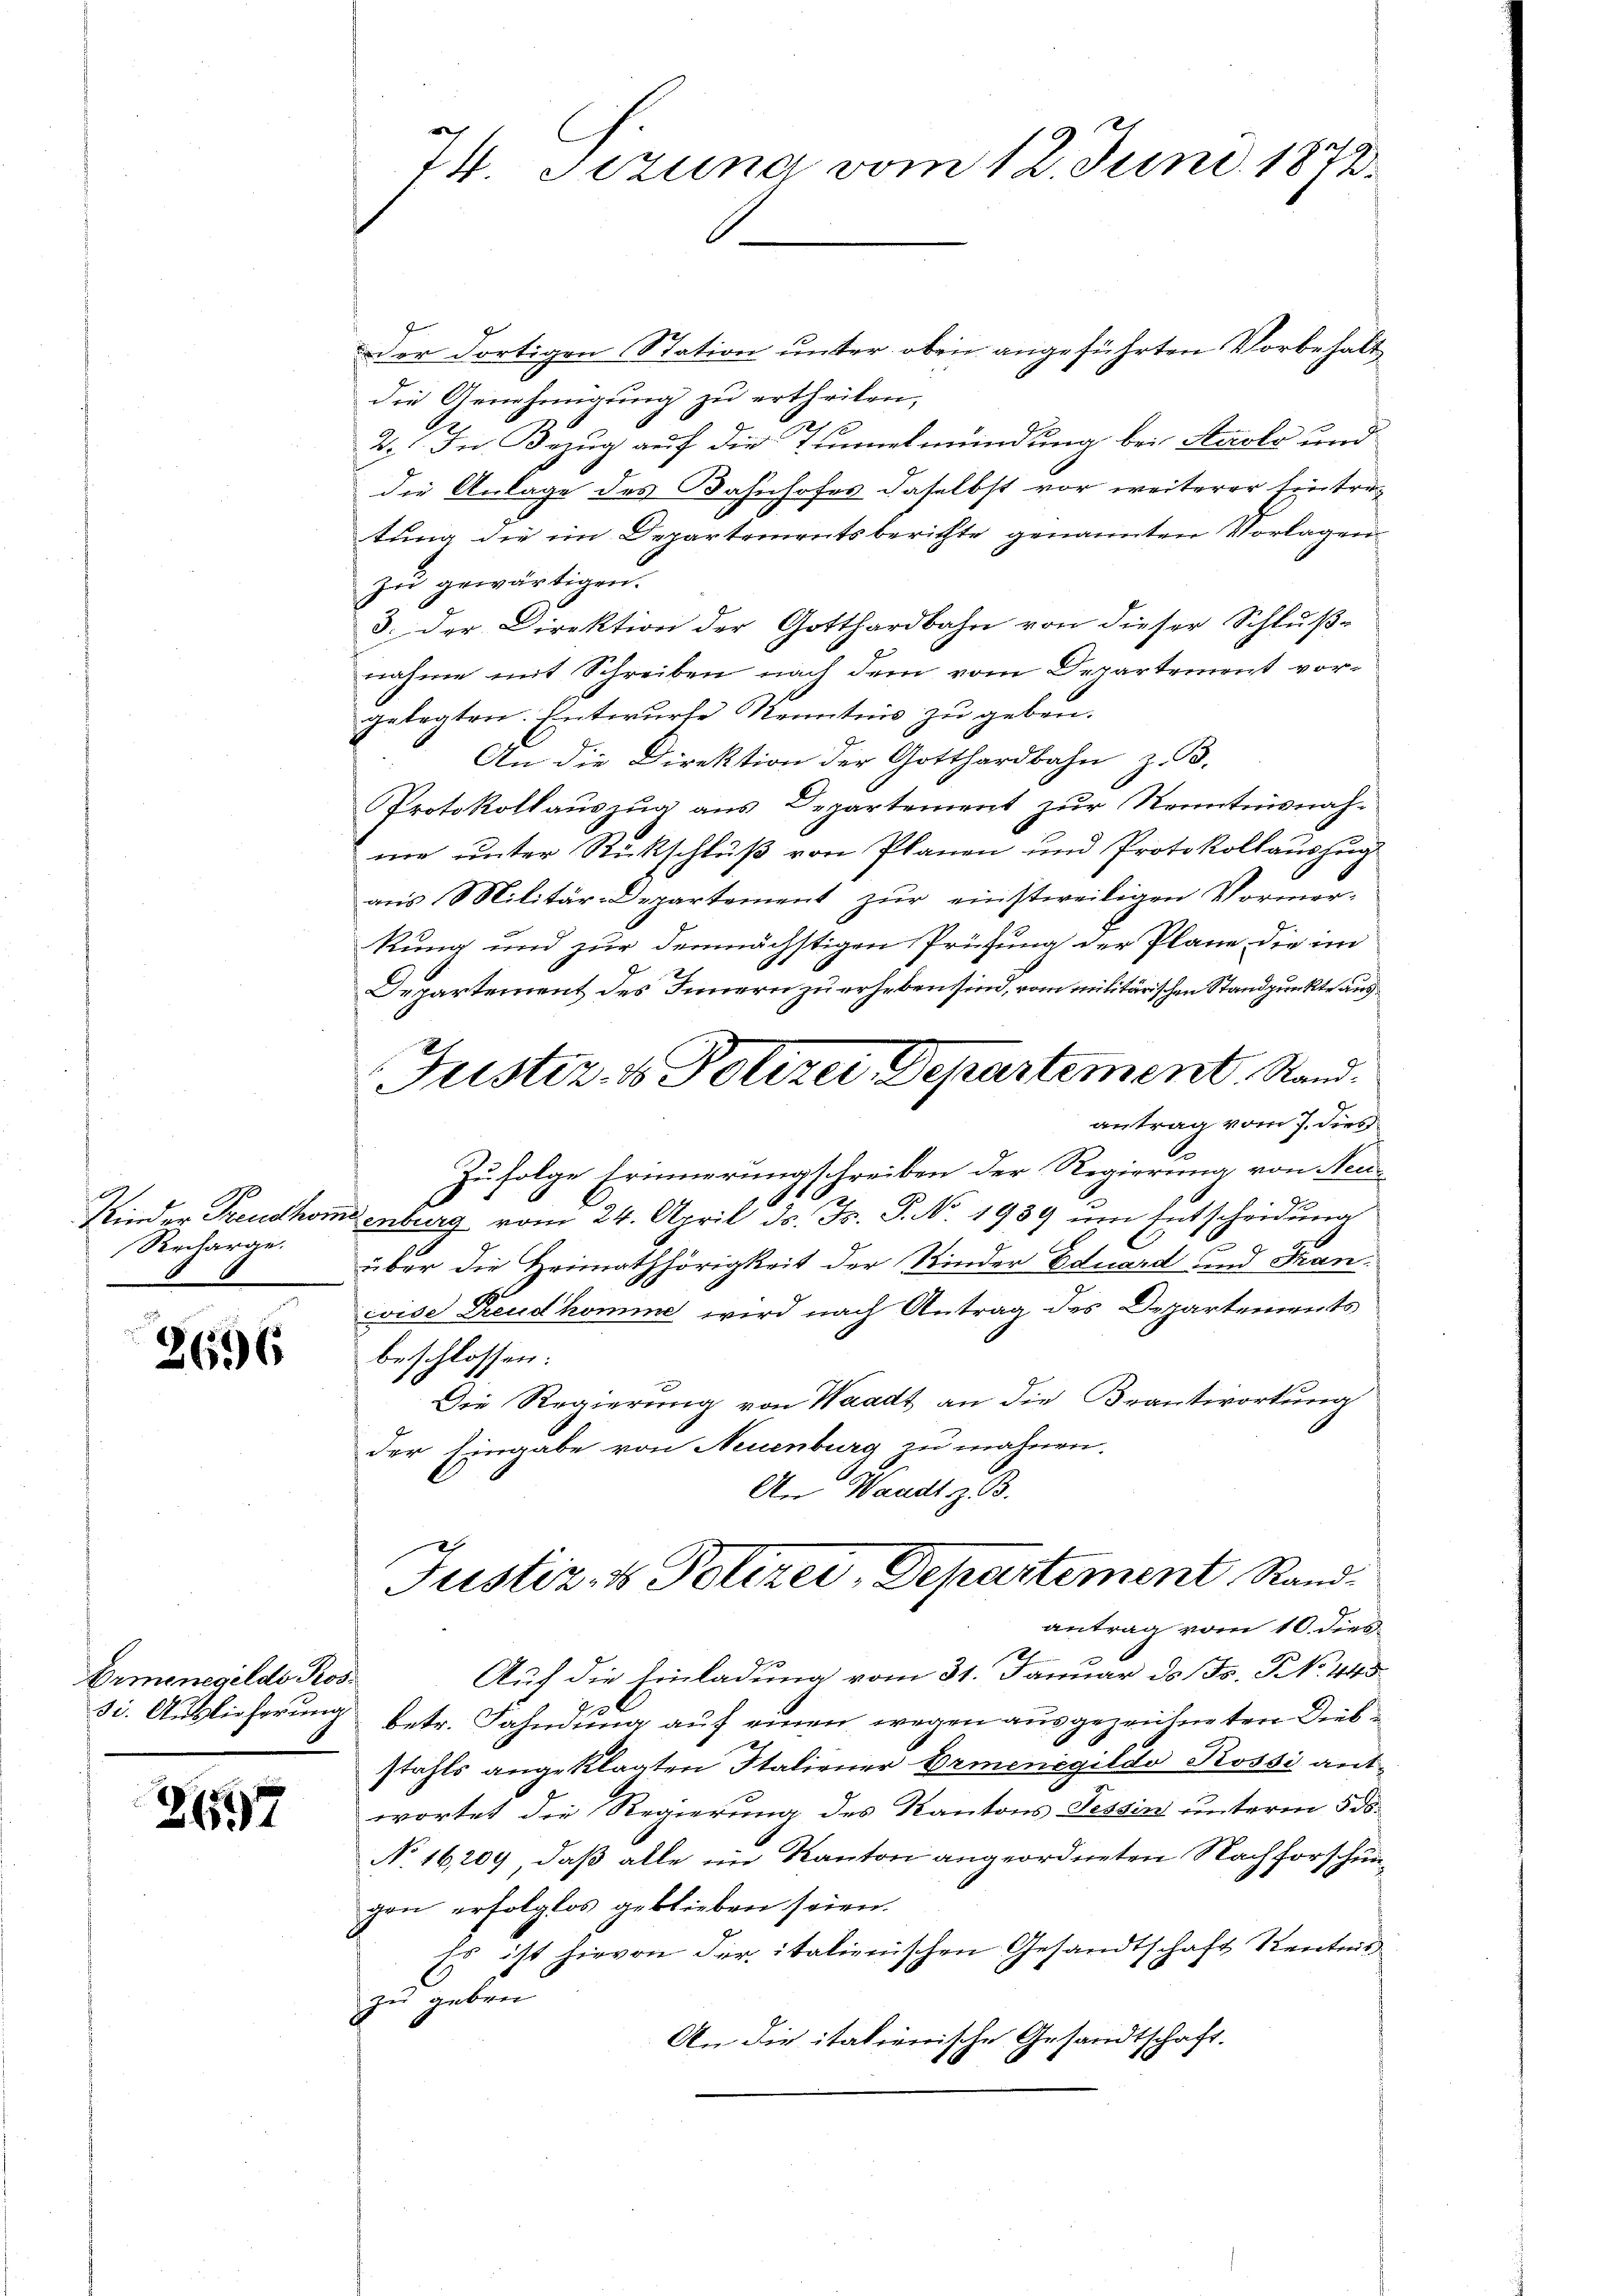
Recharge.

2696

Der Fortigen Station unter oben angeführten Vorbehält
die Genehmigung zu ertheilen,
2. In Bezug auf die Tunnelmündung bei Arols und
die Anlage des Bahnhofes daselbst vor weiterer Eintratung die im Departementsberichte genannten Vorlagen
zu gewärtigen.
3. der Direktion der Gotthardbahn von dieser Schlußnahme mit Schreiben nach dem vom Departement vorgelegten. Entwurfe Kenntnis zu geben.
An die Direktion der Gotthardbahn z. B.
Protokollaŭszŭg ans Departement zŭr Kenntnisnahme unter Rückschluß von Planen und Protokollauszug
aus Militär-Departement zur einstweiligen Vormer-
kung und zur demnächstigen Prüfung der Pläne die im
Departement des Innern zu erheben sind, vom militärischen Standpunkte aus¬
Justiz- & Polizer, Departement. Stand.
antrag vom 7. dies
Zufolge Erinnerungschreiben der Regierung von Neu-
Kinder Freudhomi enburg vom 24. April d. Js. P. No. 1939 um Entscheidung
über die Heimathörigkeit der Kinder Eduard und Francise Freud komme wird nach Antrag des Departements
beschlossen:
Die Regierung von Waadt an die Beantwortung
der Eingabe von Neuenburg zu mahnen.
An Waadt z. B.

Armenegilde Kos¬

2197

C
74. Sizung vom 12. Juni 1873.

e
Auf die Einladung vom 31. Januar d. Js. No. 443.
si. Auslieferung betr. Fahndung auf einen wegen ausgezeichneten Diebstahls angeklagten Italiener Ermenegildo Rossi ant
wortet die Regierung des Kantons Tessin unterm 5. ds.
No 16209, daß alle im Kanton angeordneten Nachforschungen erfolglos geblieben seien.
Es ist hievon der italienischen Gesandtschaft Kentnis
zu geben.
An die italienische Gesandtschaft.

Justiz- & Polizei, Departement Randantrag vom 10. dies